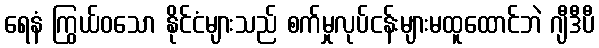
ရေနံ ကြွယ်ဝသော နိုင်ငံများသည် စက်မှုလုပ်ငန်းများမထူထောင်ဘဲ ဂျီဒီပီ